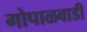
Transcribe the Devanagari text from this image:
गोपाळवाडी